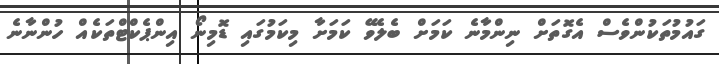
ގައުމުތަކުންވެސް އެގޮތަށް ނިންމާނެ ކަމަށް ބެލެވޭ ކަމަށާ މިކަމުގައި ޑޮމިނޯ އިންޕެކްޓްތަކެއް ހުންނާނެ